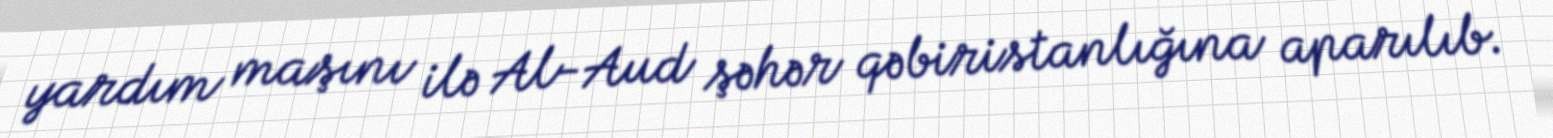
yardım maşını ilə Al-Aud şəhər qəbiristanlığına aparılıb.